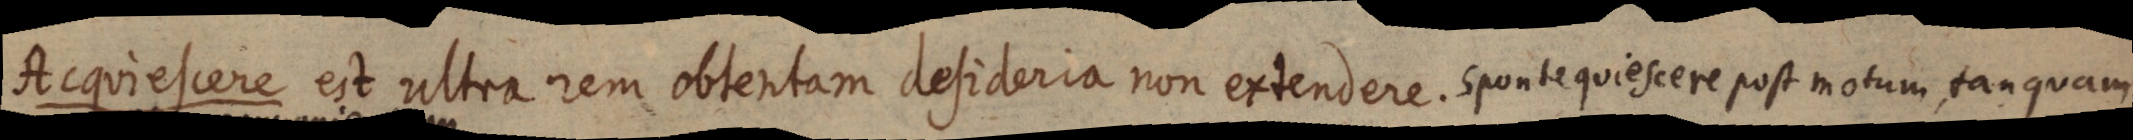
Acquiescere est ultra rem obtentam desideria non extendere. sponte quiescere post motum tanquam